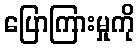
ပြောကြားမှုကို